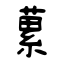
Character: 蔂